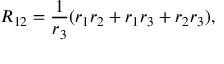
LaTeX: R _ { 1 2 } = { \frac { 1 } { r _ { 3 } } } ( { r _ { 1 } r _ { 2 } + r _ { 1 } r _ { 3 } + r _ { 2 } r _ { 3 } } ) ,